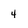
Character: 4